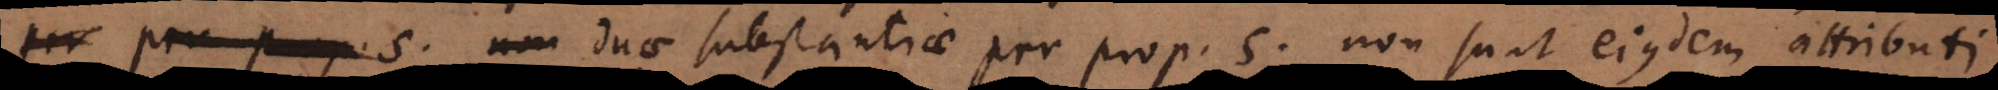
duae substantiae per prop. 5. non sunt eiusdem attributi